Investigations on Bengal jail dietaries - Number 37
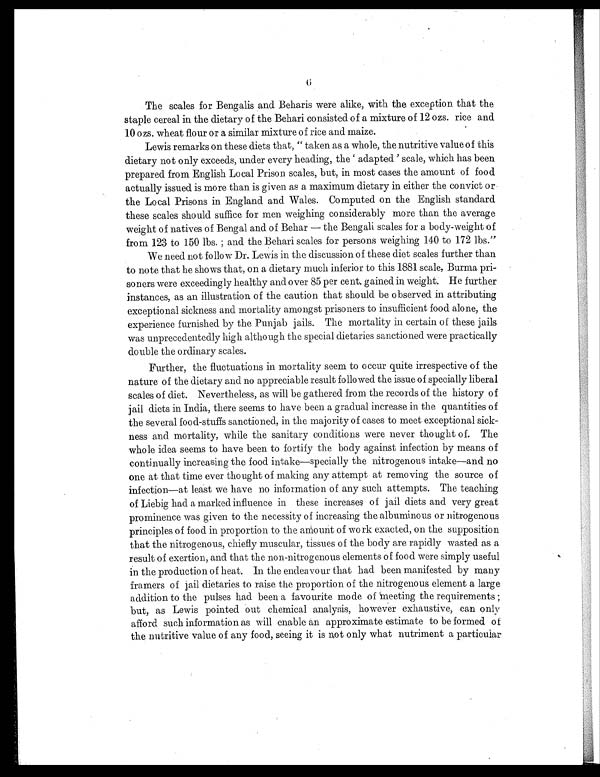
The scales for Bengalis and Beharis were alike, with the exception that the
staple cereal in the dietary of the Behari consisted of a mixture of 12 ozs. rice and
10 ozs. wheat flour or a similar mixture of rice and maize.
Lewis remarks on these diets that, "taken as a whole, the nutritive value of this
dietary not only exceeds, under every heading, the 'adapted' scale, which has been
prepared from English Local Prison scales, but, in most cases the amount of food
actually issued is more than is given as a maximum dietary in either the convict or
the Local Prisons in England and Wales. Computed on the English standard
these scales should suffice for men weighing considerably more than the average
weight of natives of Bengal and of Behar — the Bengali scales for a body-weight of
from 123 to 150 lbs.; and the Behari scales for persons weighing 140 to 172 lbs."
We need not follow Dr. Lewis in the discussion of these diet scales further than
to note that he shows that, on a dietary much inferior to this 1881 scale, Burma pri-
soners were exceedingly healthy and over 85 per cent. gained in weight. He further
instances, as an illustration of the caution that should be observed in attributing
exceptional sickness and mortality amongst prisoners to insufficient food alone, the
experience furnished by the Punjab jails. The mortality in certain of these jails
was unprecedentedly high although the special dietaries sanctioned were practically
double the ordinary scales.
Further, the fluctuations in mortality seem to occur quite irrespective of the
nature of the dietary and no appreciable result followed the issue of specially liberal
scales of diet. Nevertheless, as will be gathered from the records of the history of
jail diets in India, there seems to have been a gradual increase in the quantities of
the several food-stuffs sanctioned, in the majority of cases to meet exceptional sick-
ness and mortality, while the sanitary conditions were never thought of. The
whole idea seems to have been to fortify the body against infection by means of
continually increasing the food intake—specially the nitrogenous intake—and no
one at that time ever thought of making any attempt at removing the source of
infection—at least we have no information of any such attempts. The teaching
of Liebig had a marked influence in these increases of jail diets and very great
prominence was given to the necessity of increasing the albuminous or nitrogenous
principles of food in proportion to the amount of work exacted, on the supposition
that the nitrogenous, chiefly muscular, tissues of the body are rapidly wasted as a
result of exertion, and that the non-nitrogenous elements of food were simply useful
in the production of heat. In the endeavour that had been manifested by many
framers of jail dietaries to raise the proportion of the nitrogenous element a large
addition to the pulses had been a favourite mode of meeting the requirements;
but, as Lewis pointed out chemical analysis, however exhaustive, can only
afford such information as will enable an approximate estimate to be formed of
the nutritive value of any food, seeing it is not only what nutriment a particular